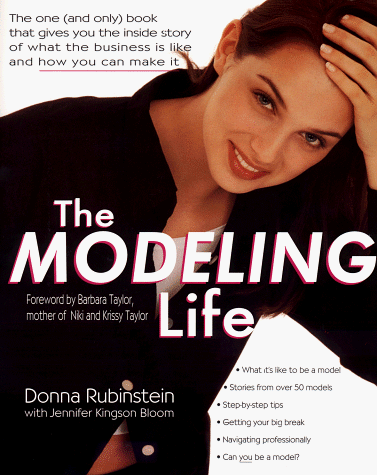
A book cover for The Modeling Life; Donna Rubenstein; Arts & Photography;